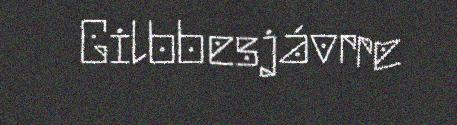
Gilbbesjávrre